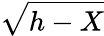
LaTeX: \sqrt{h-X}